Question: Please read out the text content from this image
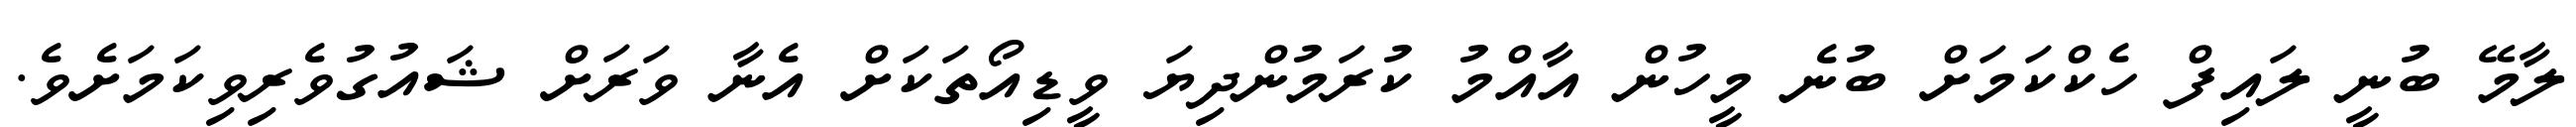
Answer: ލާމޭ ބުނީ ލައިފް ހެކްކަމަށް ބުނެ މީހުން އާއްމު ކުރަމުންދިޔަ ވީޑިއޯތަކަށް އެނާ ވަރަށް ޝައުގުވެރިވިކަމަށެވެ.